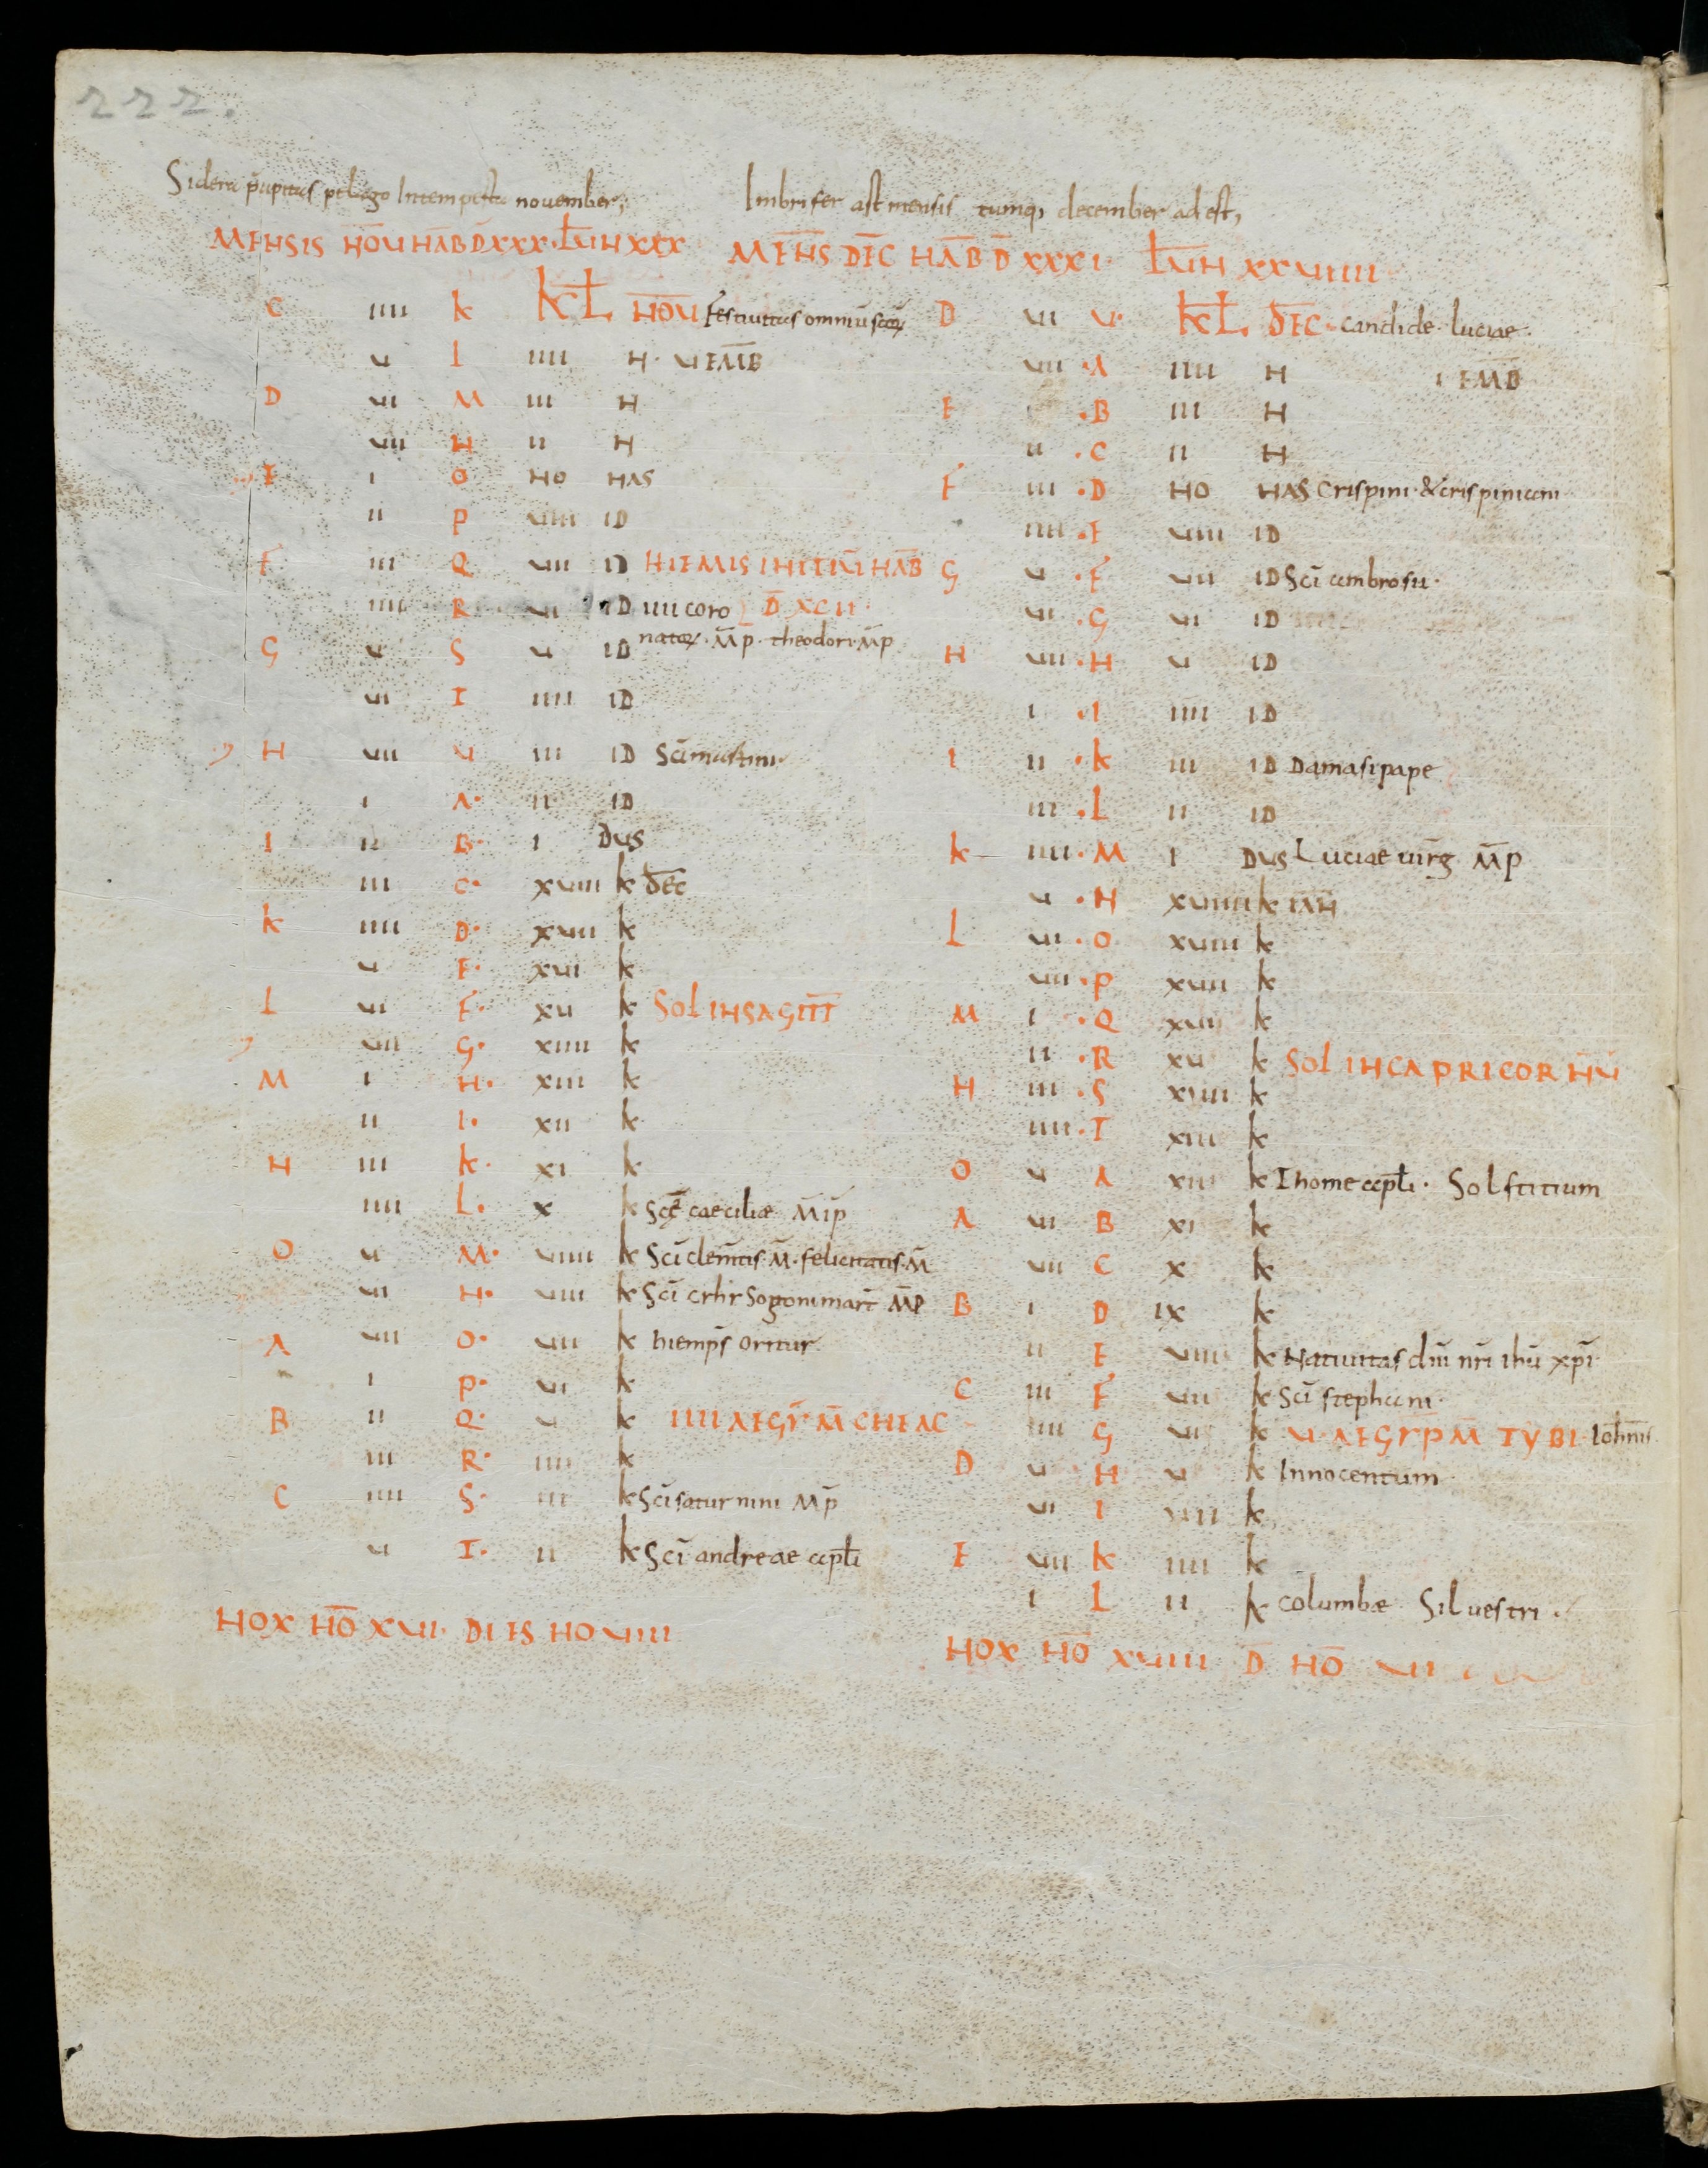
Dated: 900–1099